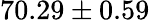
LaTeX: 70.29\pm 0.59